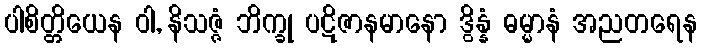
ပါစိတ္တိယေန ဝါ, နိသဇ္ဇံ ဘိက္ခု ပဋိဇာနမာနော ဒွိန္နံ ဓမ္မာနံ အညတရေန